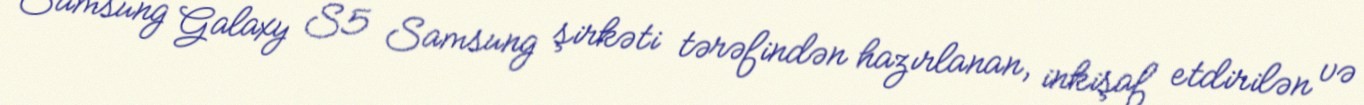
Samsung Galaxy S5 Samsung şirkəti tərəfindən hazırlanan, inkişaf etdirilən və